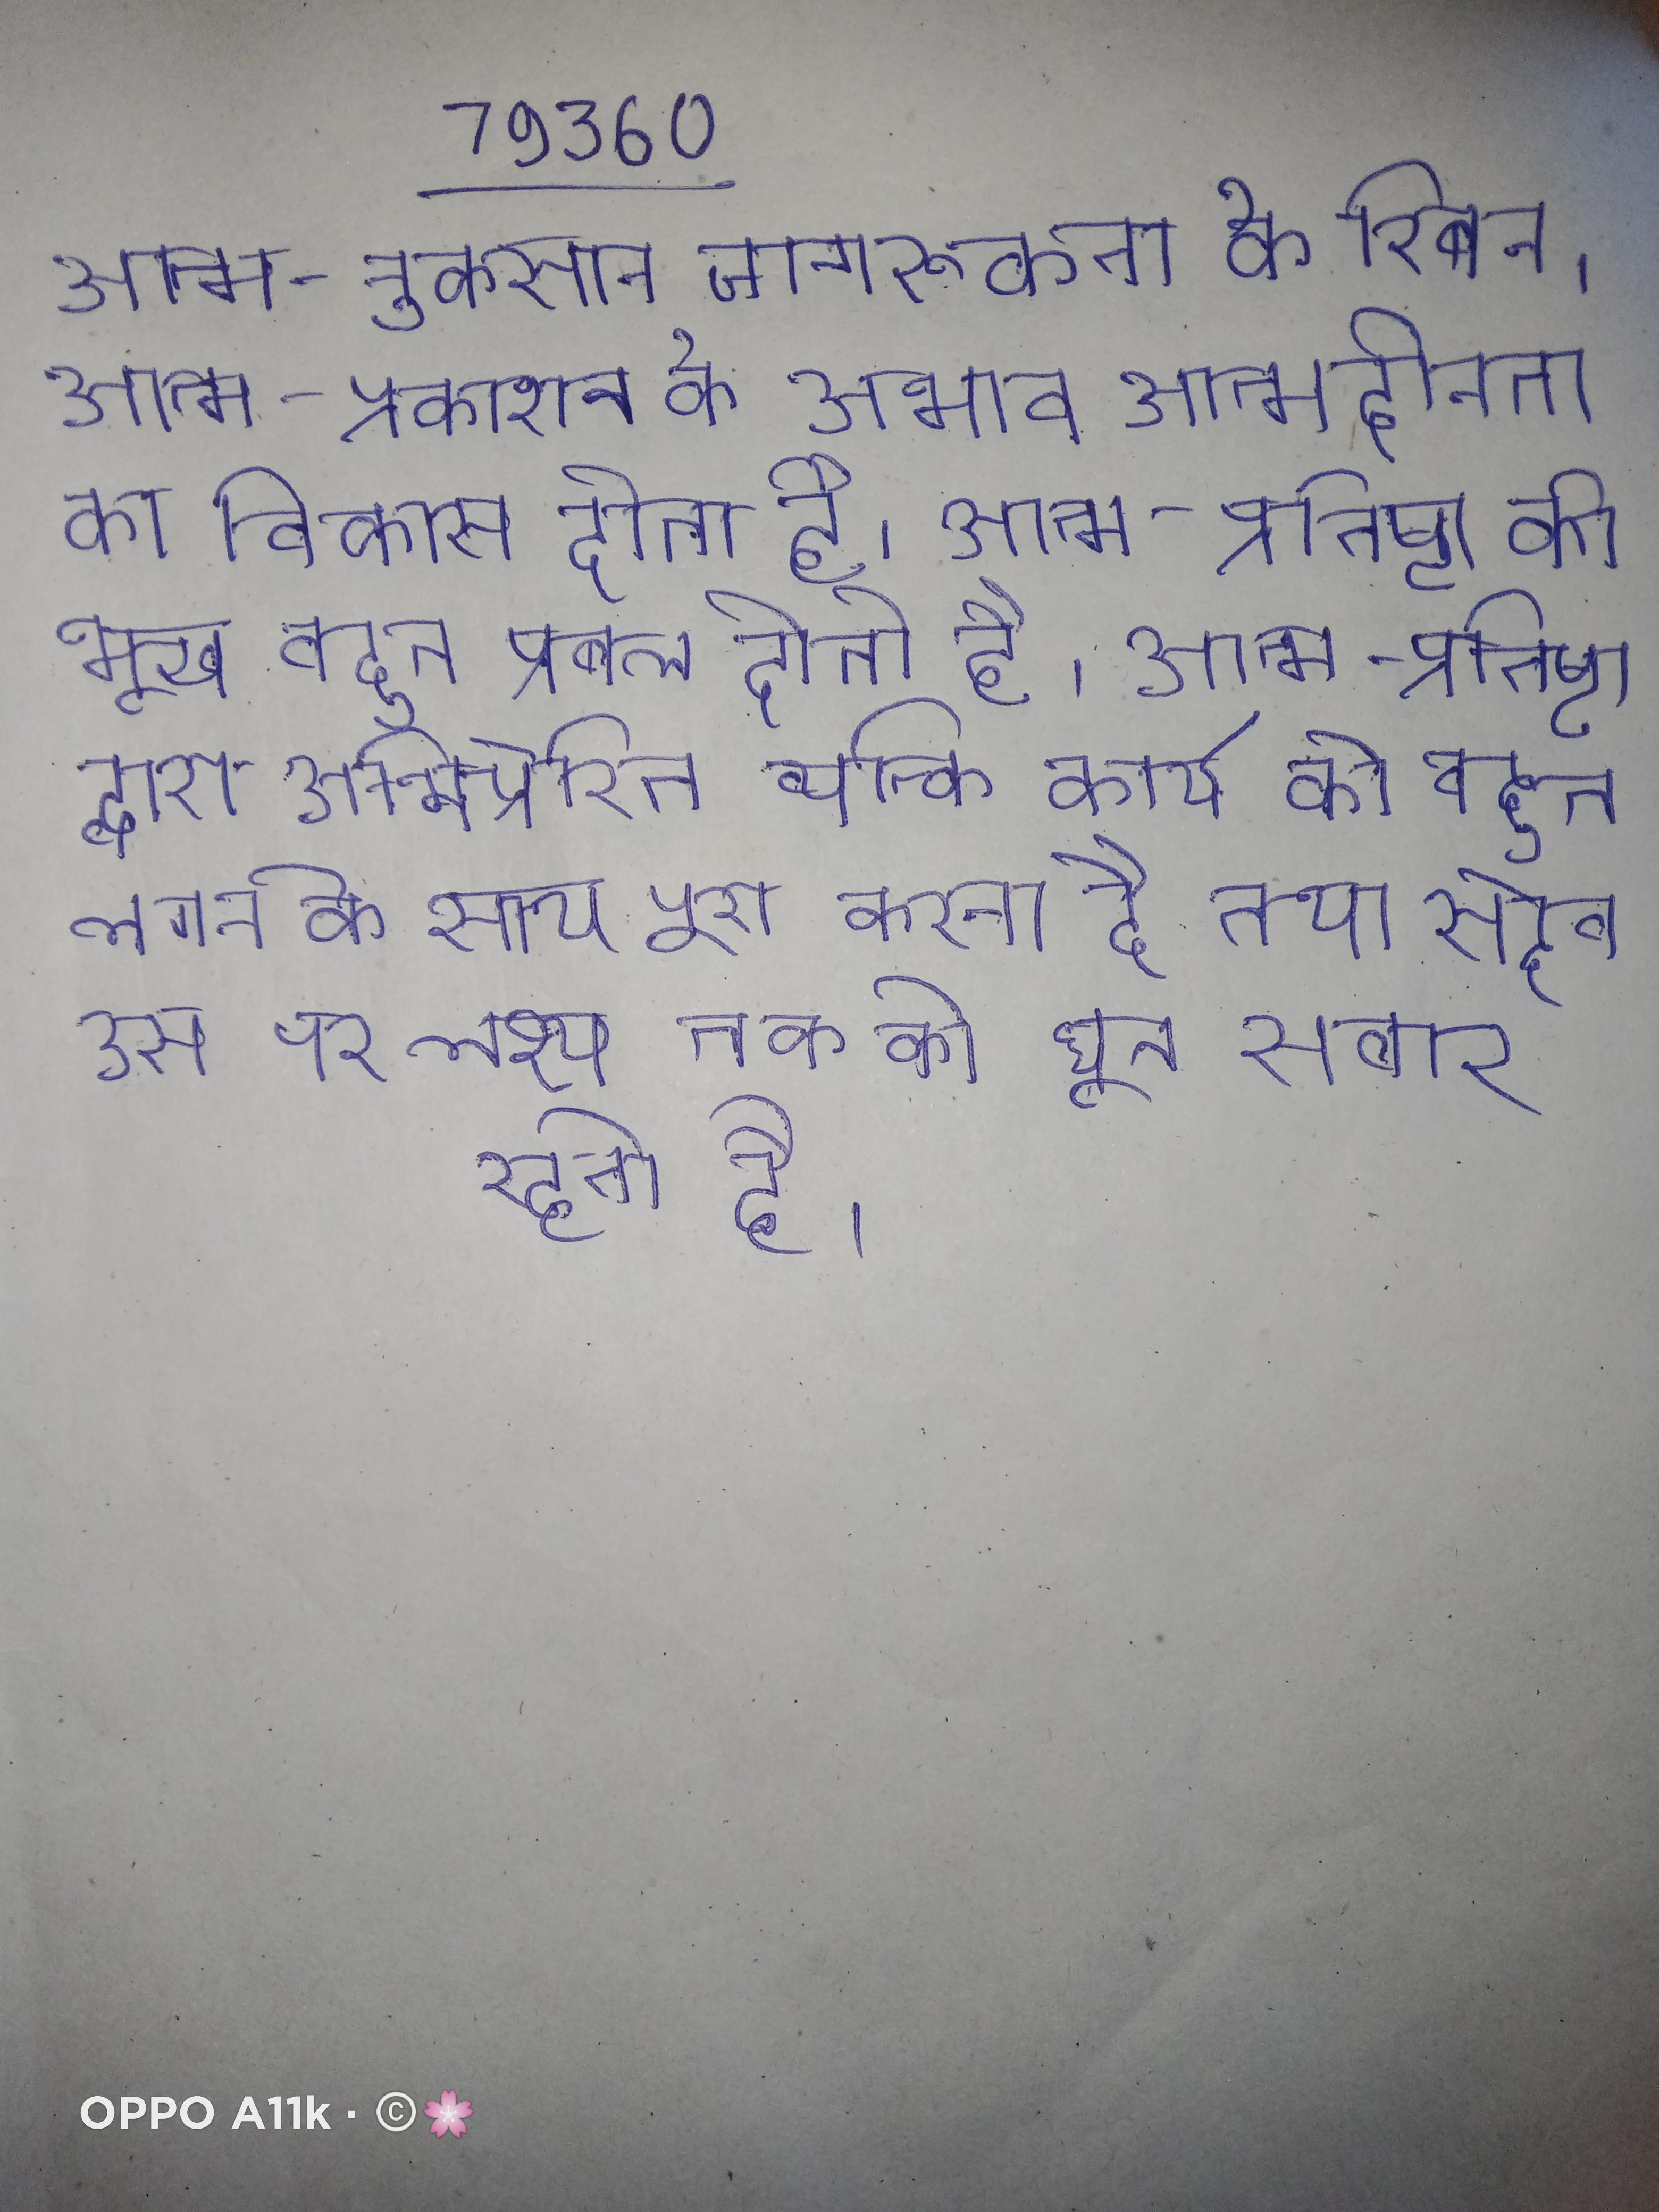
आत्म-नुकसान जागरूकता के रिबन । आत्म-प्रकाशन के अभाव आत्महीनता का विकास होता है । आत्म-प्रतिष्ठा की भूख बहुत प्रबल होती है । आत्म-प्रतिष्ठा द्वारा अभिप्रेरित व्यक्ति कार्य को बहुत लगन के साथ पूरा करता है तथा सदैव उस पर लक्ष्य तक की धुन सवार रहती है ।